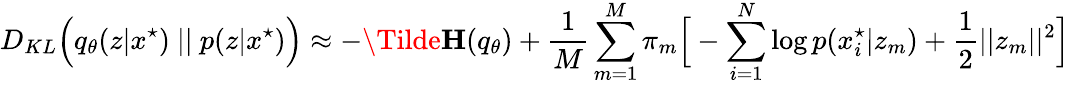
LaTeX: D_{KL}\Big(q_{\theta}(z|x^{\star})\ ||\ p(z|x^{\star})\Big)\approx-\mathbf{\Tilde{H}}(q_{\theta})+\frac{1}{M}\sum_{m=1}^{M}\pi_{m}\Big[-\sum_{i=1}^{N}\log p(x_{i}^{\star}|z_{m})+\frac{1}{2}||z_{m}||^{2}\Big]